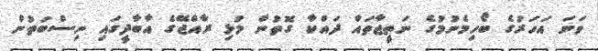
ވަނަ އަހަރުގެ ބޯހިމެނުމުގެ ނަތީޖާތައް ދައްކާ ގޮތުން މުޅި ރާއްޖޭގެ އާބާދީގައި ނިސްބަތުން